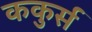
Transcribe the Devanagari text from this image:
ककुर्स